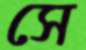
সে